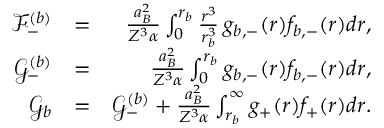
\begin{array} { r l r } { \mathcal { F } _ { - } ^ { ( b ) } } & { = } & { \frac { a _ { B } ^ { 2 } } { Z ^ { 3 } \alpha } \int _ { 0 } ^ { r _ { b } } \frac { r ^ { 3 } } { r _ { b } ^ { 3 } } \, g _ { b , - } ( r ) f _ { b , - } ( r ) d r , } \\ { \mathcal { G } _ { - } ^ { ( b ) } } & { = } & { \frac { a _ { B } ^ { 2 } } { Z ^ { 3 } \alpha } \int _ { 0 } ^ { r _ { b } } g _ { b , - } ( r ) f _ { b , - } ( r ) d r , } \\ { \mathcal { G } _ { b } } & { = } & { \mathcal { G } _ { - } ^ { ( b ) } + \frac { a _ { B } ^ { 2 } } { Z ^ { 3 } \alpha } \int _ { r _ { b } } ^ { \infty } g _ { + } ( r ) f _ { + } ( r ) d r . } \end{array}